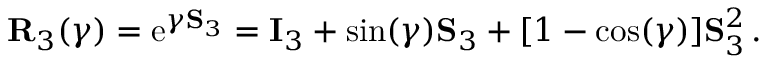
\mathbf { R } _ { 3 } ( \gamma ) = \mathrm { e } ^ { \gamma \mathbf { S } _ { 3 } } = \mathbf { I } _ { 3 } + \sin ( \gamma ) \mathbf { S } _ { 3 } + [ 1 - \cos ( \gamma ) ] \mathbf { S } _ { 3 } ^ { 2 } \, .